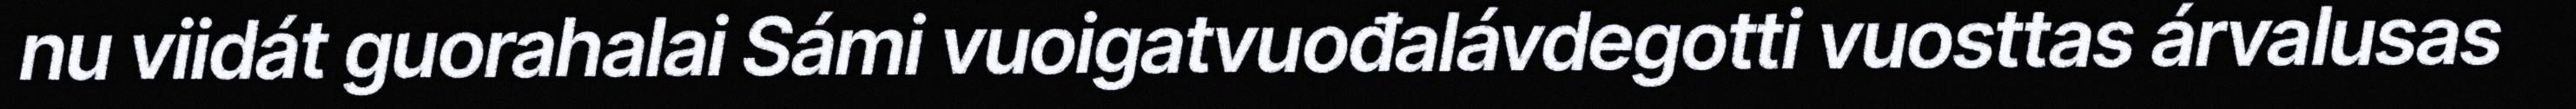
nu viidát guorahalai Sámi vuoigatvuođalávdegotti vuosttas árvalusas